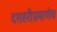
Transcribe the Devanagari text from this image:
दशहरीप्रमाणेच